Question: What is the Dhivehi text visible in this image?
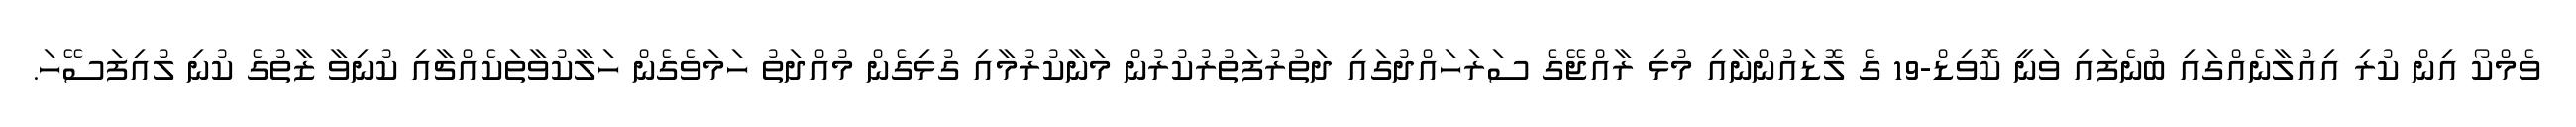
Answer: ވެމްކޯ އިން ކުރި އިއުލާނެއްގައި ބުނެފައި ވަނީ ކޮވިޑް-19 ގެ ލޮޑައުންނާއި މުޅި ރާއްޖޭގެ ސަރަހައްދުގައި ދަތުރުފަތުރުކުރުން މަނާކުރުމާއި ގުޅިގެން މުއްދަތު ހަމަވެގެން ހަލާކުވާތަކެއްޗާއި ކުނިވާ ޒާތުގެ ކުނި ލުއިފަސޭހަ.